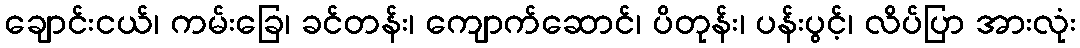
ချောင်းငယ်၊ ကမ်းခြေ၊ ခင်တန်း၊ ကျောက်ဆောင်၊ ပိတုန်း၊ ပန်းပွင့်၊ လိပ်ပြာ အားလုံး